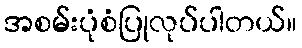
အစမ်းပုံစံပြုလုပ်ပါတယ်။